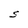
Character: S